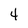
Character: 4